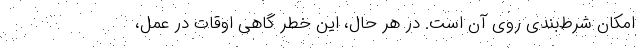
امکان شرط‌بندی روی آن است. در هر حال، این خطر گاهی اوقات در عمل،